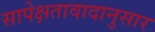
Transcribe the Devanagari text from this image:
सापेक्षतावादानुसार